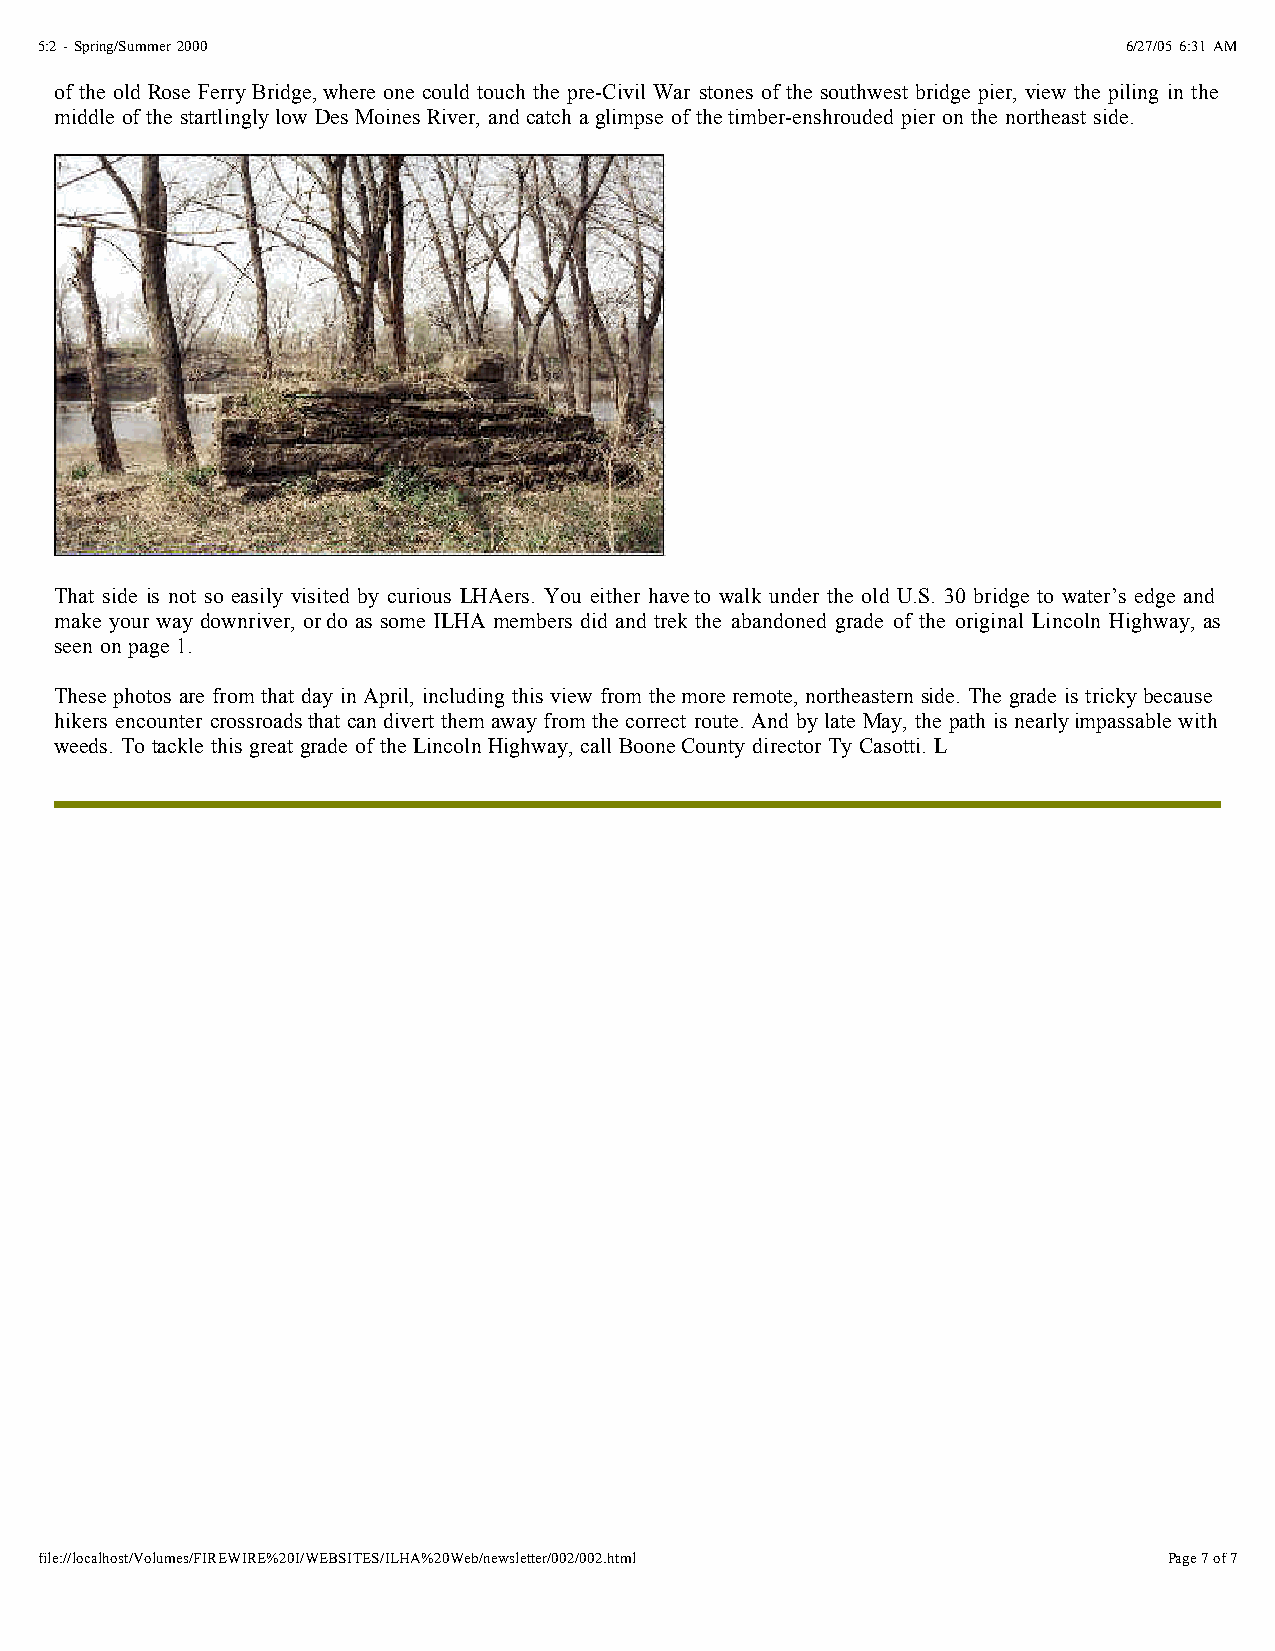
5:2 - Spring/Summer 2000                                                 6/27/05 6:31 AM
 of the old Rose Ferry Bridge,where one could touch the pre-Civil War stones of the southwest bridge pier, view the piling in the
 middle of the startlingly low Des Moines River, and catch a glimpse of thetimber-enshrouded pier on the northeast side.
 That side is not so easily visited by curious LHAers. You either haveto walk under the old U.S. 30 bridge to water’s edge and
 make your way downriver, ordo as some ILHA members did and trek the abandoned grade of the original Lincoln Highway, as
 seen on page 1.
 These photos are from that day in April, including this view from themore remote, northeastern side. The grade is tricky because
 hikers encounter crossroadsthat can divert them away from the correct route. And by late May, the path is nearlyimpassable with
 weeds. To tackle this great grade of the Lincoln Highway, call BooneCounty director Ty Casotti. L
 file://localhost/Volumes/FIREWIRE%20I/WEBSITES/ILHA%20Web/newsletter/002/002.html Page 7 of 7